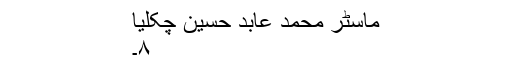
ماسٹر محمد عابد حسین چکلیا
۸۔